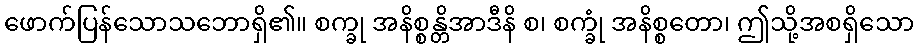
ဖောက်ပြန်သောသဘောရှိ၏။ စက္ခု အနိစ္စန္တိအာဒီနိ စ၊ စက္ခုံ အနိစ္စတော၊ ဤသို့အစရှိသော